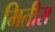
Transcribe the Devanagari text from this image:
मितीस